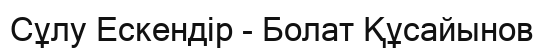
Сұлу Ескендір - Болат Құсайынов